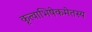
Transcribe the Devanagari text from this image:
कृत्वाभिषेकमेतस्य